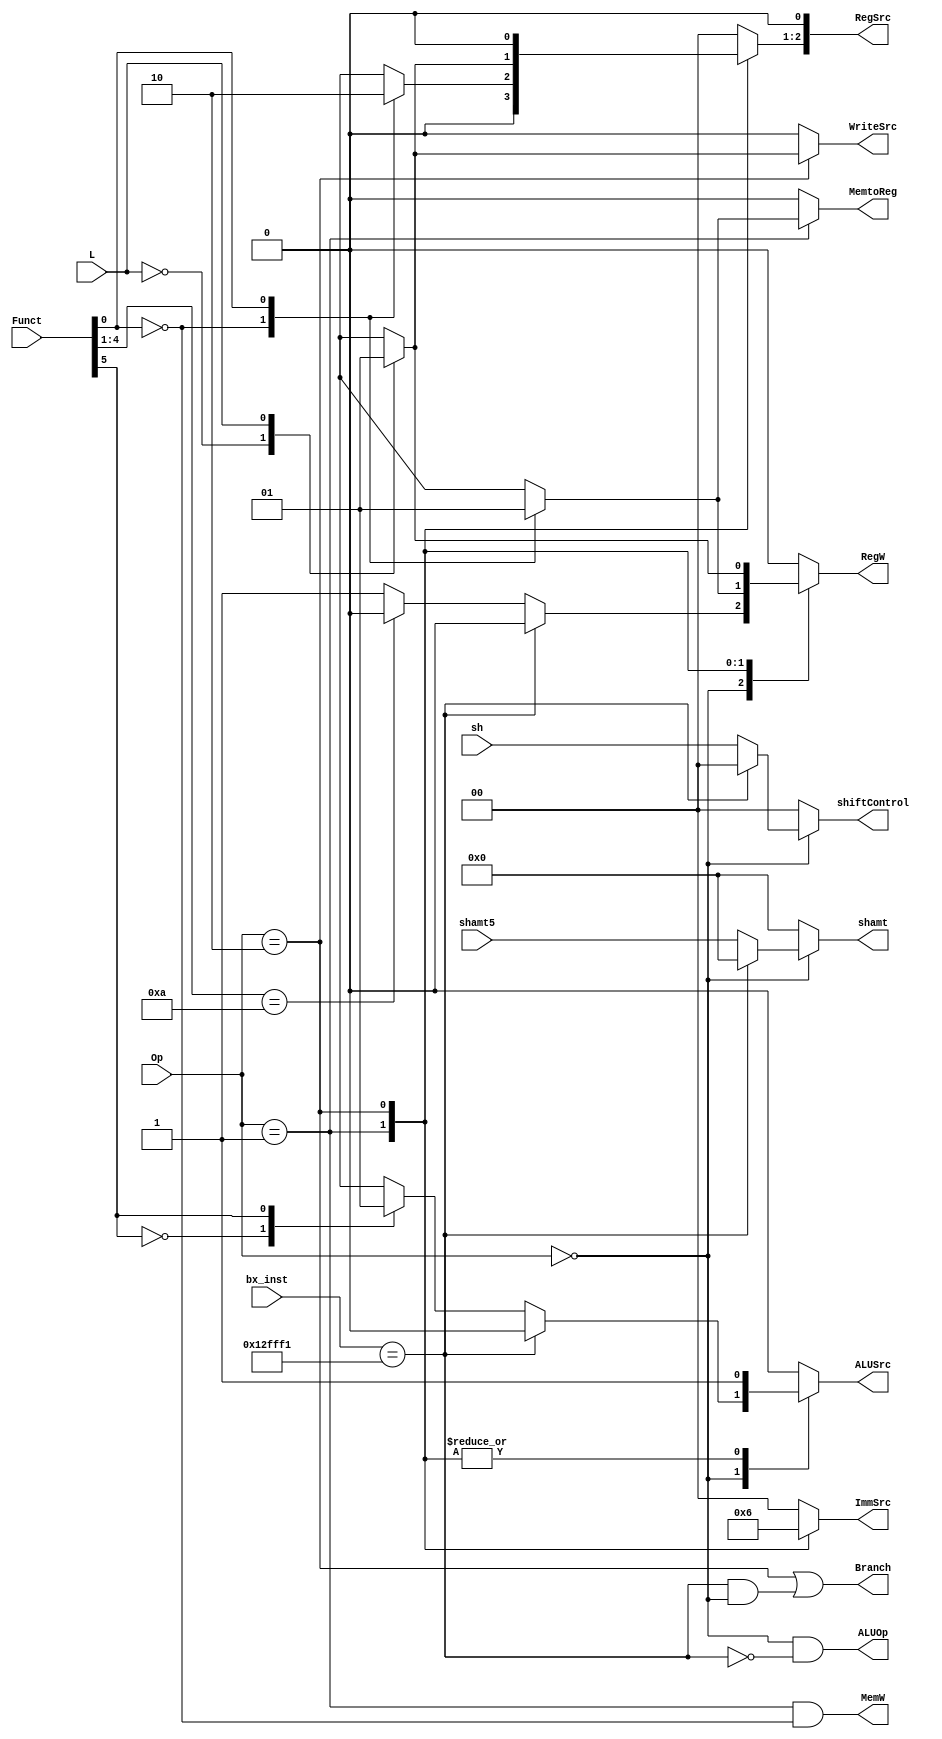
module MainDecoder(
	input [1:0] Op, 
	input [5:0] Funct,			
	input [4:0] shamt5,
	input [1:0] sh,
	input L,
	input [23:0] bx_inst,
	output reg RegW, MemtoReg, ALUSrc, WriteSrc, 
	output wire ALUOp, Branch, MemW,
	output reg [1:0] ImmSrc, 
	output reg [2:0] RegSrc,    // no relative to PC branch
	output reg [4:0] shamt,
	output reg [1:0] shiftControl);

assign ALUOp = (Op == 2'b00) & (~( bx_inst == 24'b000100101111111111110001));
assign Branch = (Op == 2'b10) | (( bx_inst == 24'b000100101111111111110001) & (Op == 2'b00));
assign MemW = (Op == 2'b01) & (Funct[0] == 1'b0);			// STR
	
always @(*)
begin
	case(Op)
	2'b00:
	begin
		if( bx_inst == 24'b000100101111111111110001)
		begin
			//BX
			RegSrc[1] =1'b0;		// Rm
			// RegSrc[2] RegSrc[0] dont care
			RegSrc[2] = 1'b0;
			RegSrc[0] = 1'b0;
			RegW = 1'b0;
			// WriteSrc dont care
			WriteSrc = 1'b0;
			MemtoReg = 1'b0;		// ALUResult
			ALUSrc = 1'b0;
			shamt = 0;				// no shift
			shiftControl = 0;		// no shift, dont care
			//ImmSrc dont care
			ImmSrc = 2'b00;
		end
		else
		begin
			//data processing
			RegSrc = 3'b000;		// Rn, Rm, Rd
			WriteSrc = 1'b0;		// Result
			shamt = shamt5;
			shiftControl = sh;
			MemtoReg = 1'b0;
			if(Funct[4:1] == 4'b1010)
			begin
				//CMP
				RegW = 1'b0;
			end
			else
			begin
				RegW = 1'b1;
			end
			case(Funct[5])
			0:
			begin
				// not immediate
				//ImmSrc dont care
				ImmSrc = 2'b00;
				ALUSrc = 1'b0; 		// RD2
			end
			1:
			begin
				// immediate
				ImmSrc = 2'b00;		//imm8
				ALUSrc = 1'b1;			//ExtImm
				// RegSrc[1] dont care
			end
			endcase
		end
	end
	2'b01:
	begin
		//memory
		ALUSrc = 1'b1; 		// ExtImm
		ImmSrc = 2'b01;		// imm12
		shamt = 0;				// no shift
		shiftControl = 0;		// no shift, dont care
		RegSrc[0] = 1'b0;		// Rn
		WriteSrc = 1'b0;		// Result
		
		case(Funct[0])
		0:
		begin
			//STR
			RegSrc[1] =1'b1;		// Rd
			// RegSrc[2] dont care
			RegSrc[2] = 1'b0;
			RegW = 1'b0;
			// MemtoReg dont care
			MemtoReg = 1'b0;
		end
		1:
		begin
			//LDR
			RegSrc[2] =1'b0;		// Rd
			// RegSrc[1] dont care
			RegSrc[1] = 1'b0;
			RegW = 1'b1;
			MemtoReg = 1'b1;
		end
		endcase
	end
	2'b10:
	begin
		//branch
		ImmSrc = 2'b10;				// imm24
		case(L)
		0:
		begin
			// B, BEQ
			// RegSrc dont care
			RegSrc = 3'b000;
			RegW = 1'b0;
			// WriteSrc dont care
			WriteSrc = 1'b0;
			ALUSrc = 1'b1;
			shamt = 0;				// no shift
			shiftControl = 0;		// no shift, dont care
			MemtoReg = 1'b0;		// ALU result
		end
		1:
		begin
			// BL
			RegSrc[2] =1'b1;		// 14
			// RegSrc[1] and RegSrc[0] dont care
			RegSrc[1:0] = 2'b00;
			WriteSrc = 1'b1;		// PC
			ALUSrc = 1'b1;			// ExtImm
			shamt = 0;				// no shift
			shiftControl = 0;		// no shift, dont care
			RegW = 1'b1;			
			MemtoReg = 1'b0;		// ALU result
		end
		endcase
	end
	default:
	begin
		//no operation, all signals are dont care
		RegSrc =3'b000;
		RegW = 1'b0;
		WriteSrc = 1'b0;
		MemtoReg = 1'b0;		
		ALUSrc = 1'b0;
		shamt = 0;				
		shiftControl = 0;		
		ImmSrc = 2'b00;
	end
	endcase
end	
	

endmodule